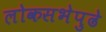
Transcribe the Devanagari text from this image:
लोकसभेपुढे